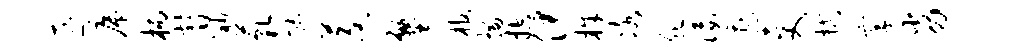
匪席柄替渺藐忙茭塾棺描控伊株冰肥佞遭更拭享劣